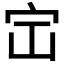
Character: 𪧅